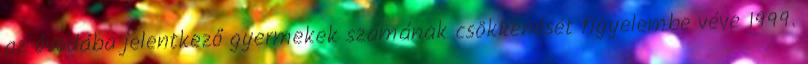
az óvodába jelentkező gyermekek számának csökkenését figyelembe véve 1999.